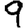
Digit: 9